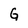
Character: G